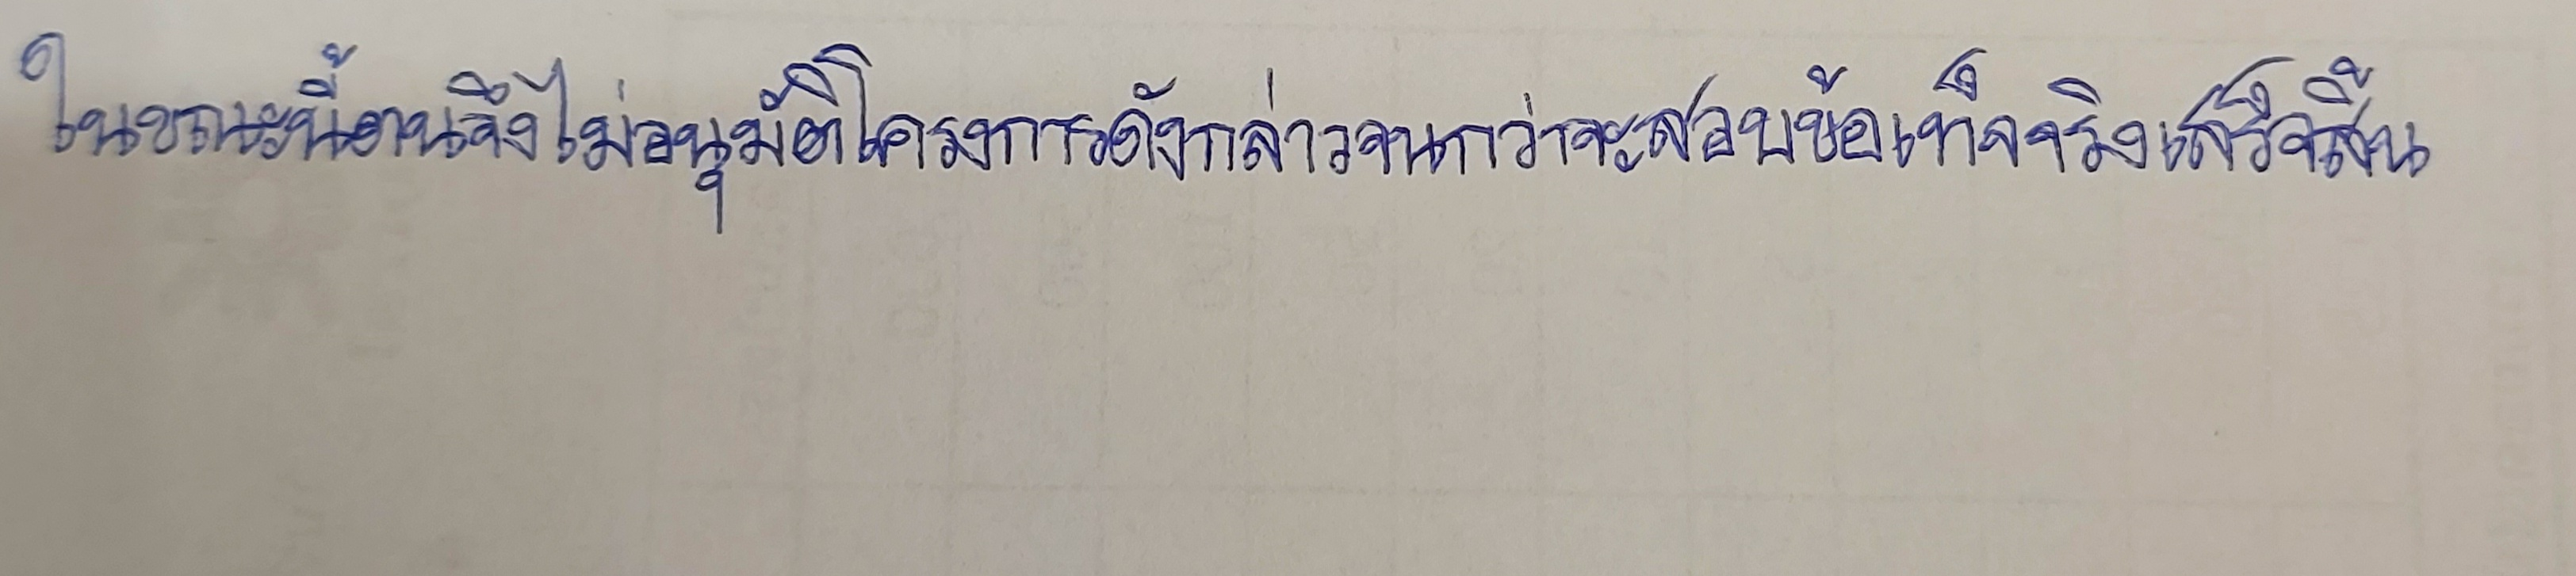
ในขณะนี้ตนจึงยังไม่อนุมัติโครงการดังกล่าวจนกว่าจะสอบข้อเท็จจริงเสร็จสิ้น